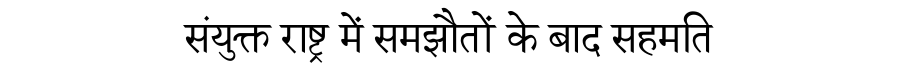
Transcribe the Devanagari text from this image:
संयुक्त राष्ट्र में समझौतों के बाद सहमति